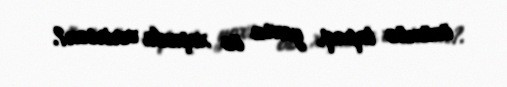
özümüz tapaq, yoxsa öz xoşunla verirsən?.